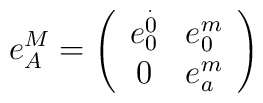
e_{A}^{M}=\left(\begin{array}{cc}e_{0}^{\stackrel{.}{0}} & e_{0}^{m} \\0 & e_{a}^{m}\end{array}\right)